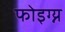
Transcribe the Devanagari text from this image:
फोइग्न्य